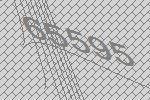
65595